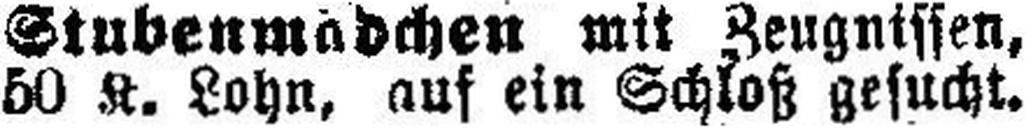
50 K. Lohn, auf ein Schloß gesucht.